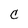
Character: c